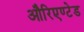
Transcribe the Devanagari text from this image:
औरिएण्टेड